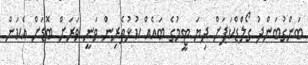
ބަންގުބަންދު ގޯލްޑްކަޕަށް ދިޔަ ޓީމުގެ ބައެއް ކުޅުތެރިން ވަނީ ވަރަށް ބޮޑަށް އެކަން